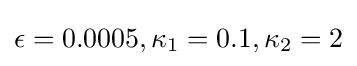
\epsilon =0.0005,\kappa _{1}=0.1,\kappa _{2}=2